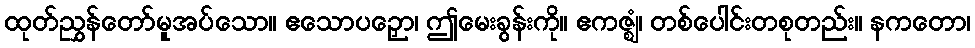
ထုတ်ညွှန်တော်မူအပ်သော။ ဧသောပဉှော၊ ဤမေးခွန်းကို။ ဧကဇ္ဈံ၊ တစ်ပေါင်းတစုတည်း။ နကတော၊